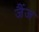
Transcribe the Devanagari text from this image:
जैंज